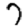
Digit: 7